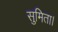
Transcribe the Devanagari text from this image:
सुमिता।